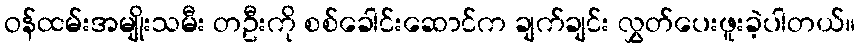
ဝန်ထမ်းအမျိုးသမီး တဦးကို စစ်ခေါင်းဆောင်က ချက်ချင်း လွှတ်ပေးဖူးခဲ့ပါတယ်။